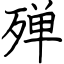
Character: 殚